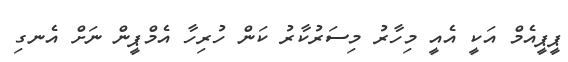
ޕީޕީއެމް އަކީ އެއީ މިހާރު މިސަރުކާރު ކަން ހުރިހާ އެމްޕީން ނަށް އެނގި